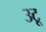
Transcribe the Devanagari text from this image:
उटू